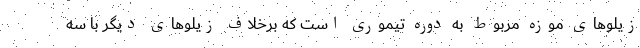
زیلوهای موزه مربوط به دوره تیموری است که برخلاف زیلوهای دیگر با سه